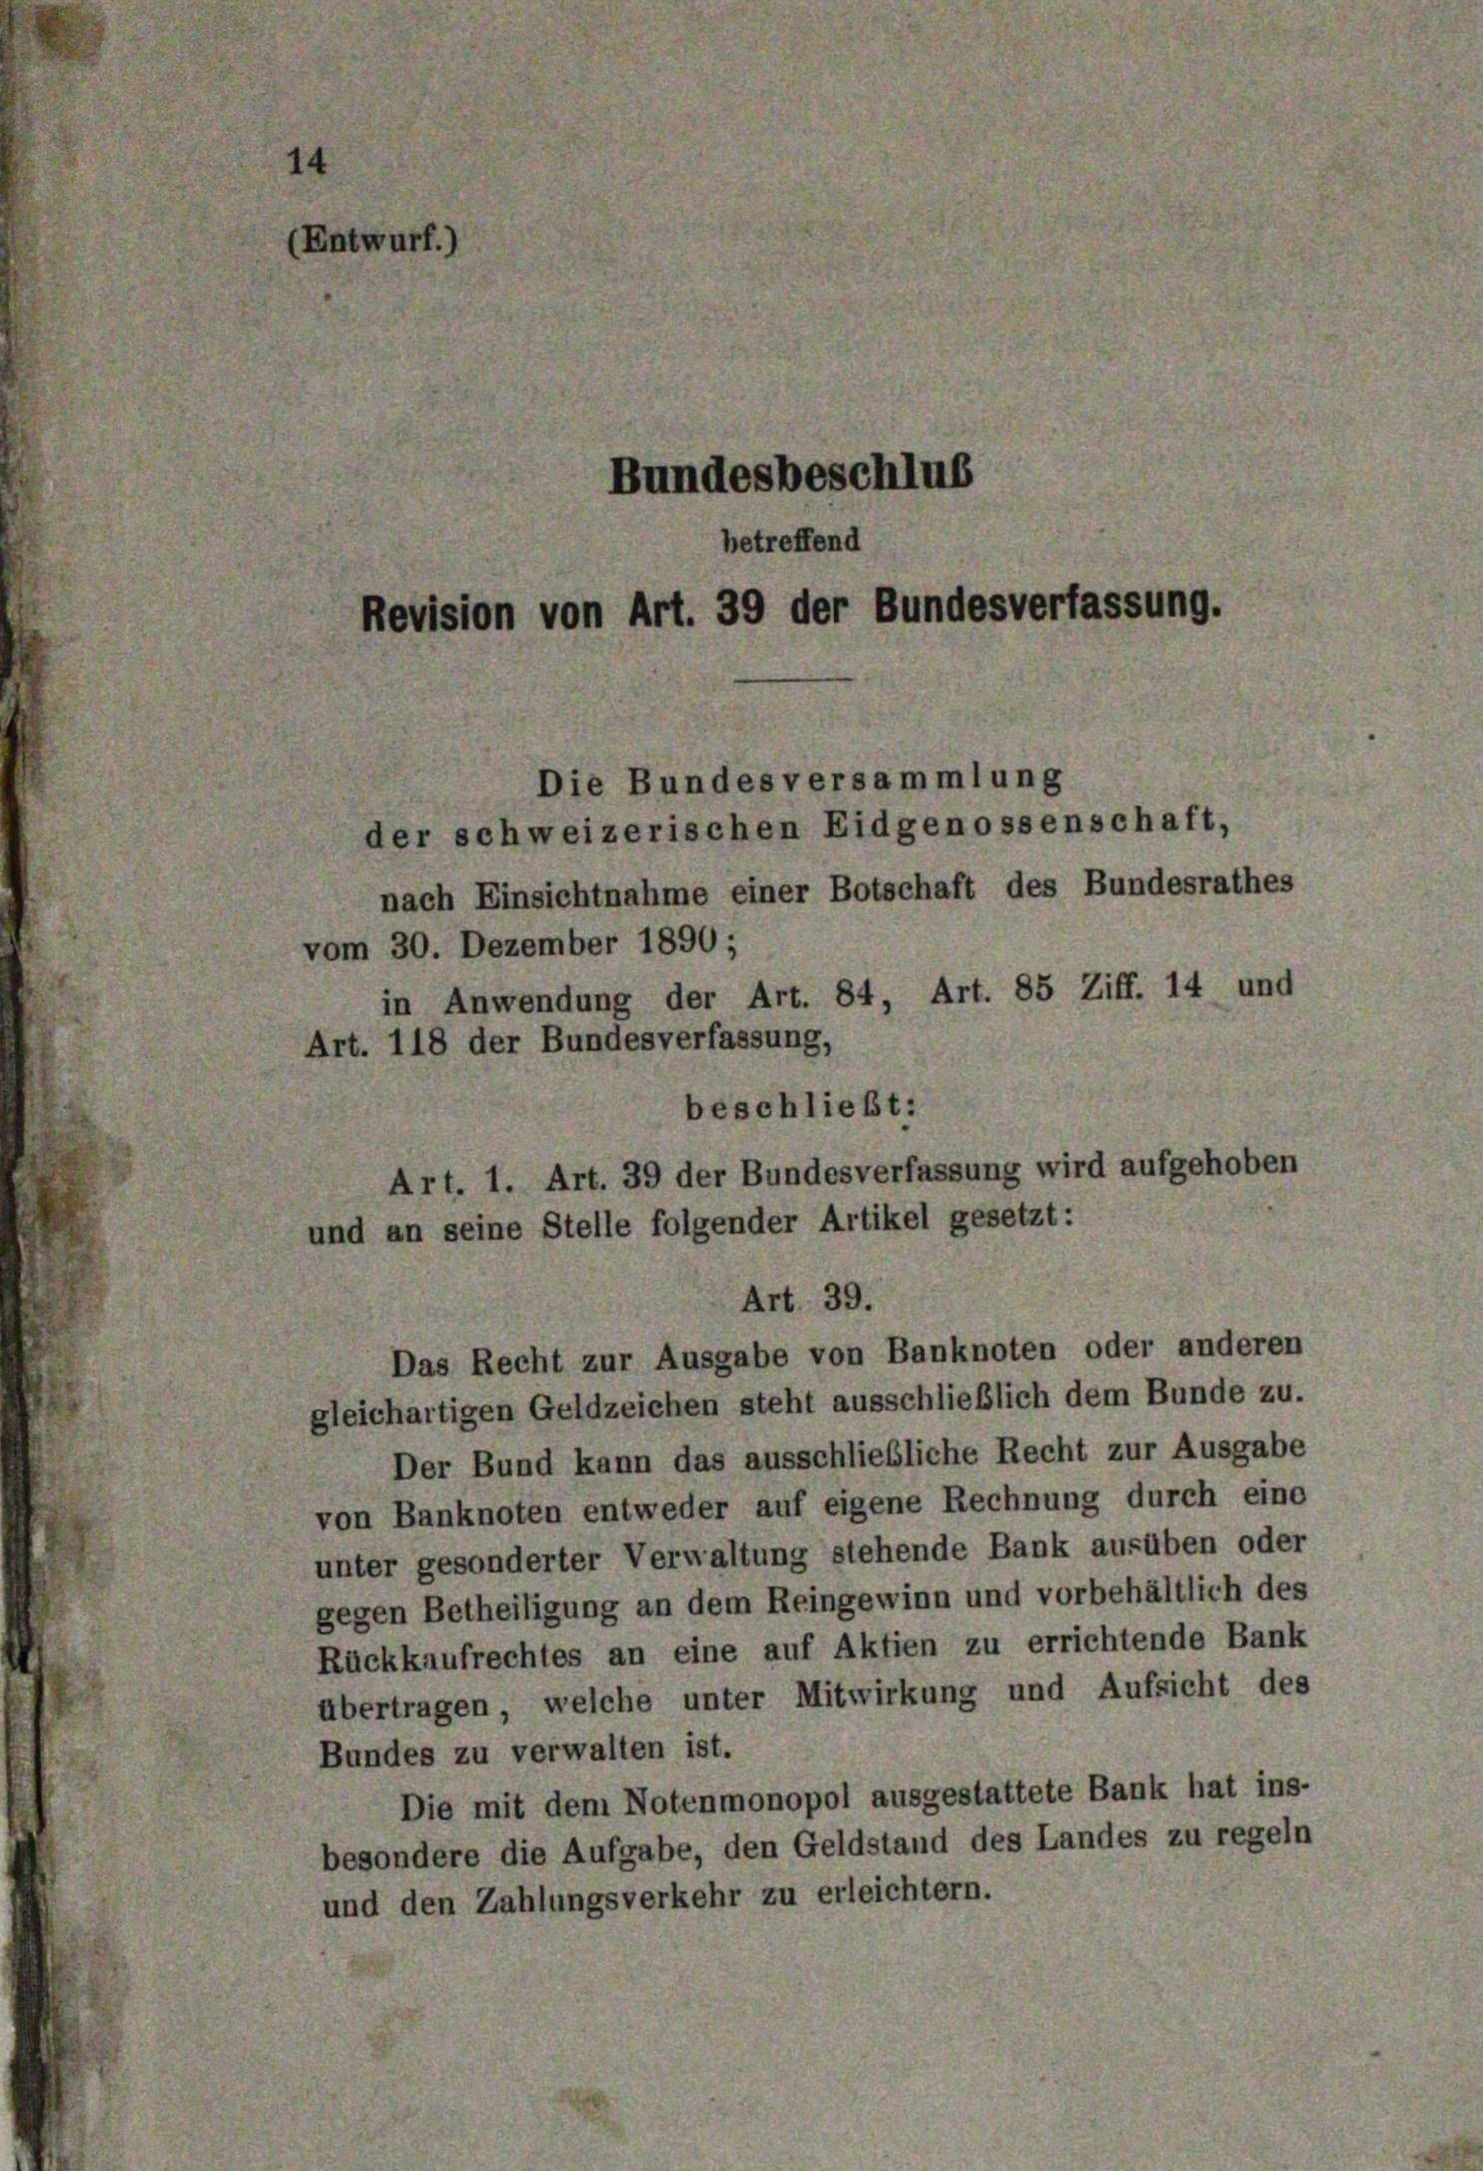
(Entwurf.)
Bundesbeschlus
betreffend
Revision von Art. 39 der Bundesverfassung.
Die Bundesversammlung
der schweizerischen Eidgenossenschaft,

nach Einsichtnahme einer Botschaft des Bundesrathes
vom 30. Dezember 1890;
in Anwendung der Art. 84, Art. 85 Ziff. 14 und
Art. 118 der Bundesverfassung,
beschließt:
Art. 1. Art. 39 der Bundesverfassung wird aufgehoben
und an seine Stelle folgender Artikel gesetzt:

Art. 39.
Das Recht zur Ausgabe von Banknoten oder anderen

gleichartigen Geldzeichen steht ausschließlich dem Bunde zu.
Der Bund kann das ausschließliche Recht zur Ausgabe
von Banknoten entweder auf eigene Rechnung durch eine
unter gesonderter Verwaltung stehende Bank ausüben oder
gegen Betheiligung an dem Reingewinn und vorbehältlich des
Rückkaufrechtes an eine auf Aktien zu errichtende Bank
übertragen, welche unter Mitwirkung und Aufsicht des
Bundes zu verwalten ist.
Die mit dem Notenmonopol ausgestattete Bank hat ins-
besondere die Aufgabe, den Geldstand des Landes zu regeln
und den Zahlungsverkehr zu erleichtern.